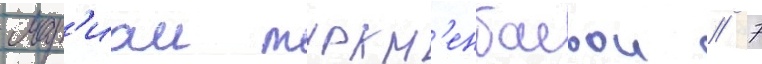
мар'иам туркм'енбаевои // 7